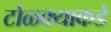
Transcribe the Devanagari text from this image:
टोळक्याकडे